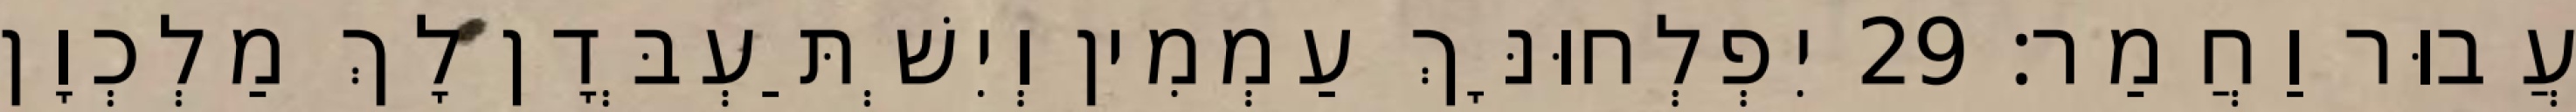
עֲבוּר וַחֲמַר׃ 29 יִפְלְחוּנָּךְ עַמְמִין וְיִשְׁתַּעְבְּדָן לָךְ מַלְכְוָן